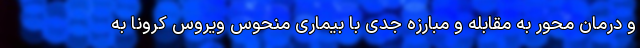
و درمان محور به مقابله و مبارزه جدی با بیماری منحوس ویروس کرونا به